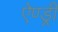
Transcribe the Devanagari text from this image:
ऐण्ड्री